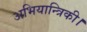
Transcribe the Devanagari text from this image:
अभियान्त्रिकी।